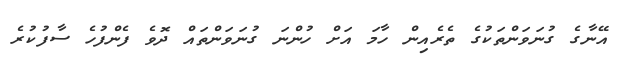
އޭނާގެ ގުނަވަންތަކުގެ ތެރެއިން ހާމަ އަށް ހުންނަ ގުނަވަންތައް ދޮވެ ފެންފުހެ ސާފުކުރެ